Problem: 48 + 29 = ?
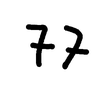
Handwritten answer: 77